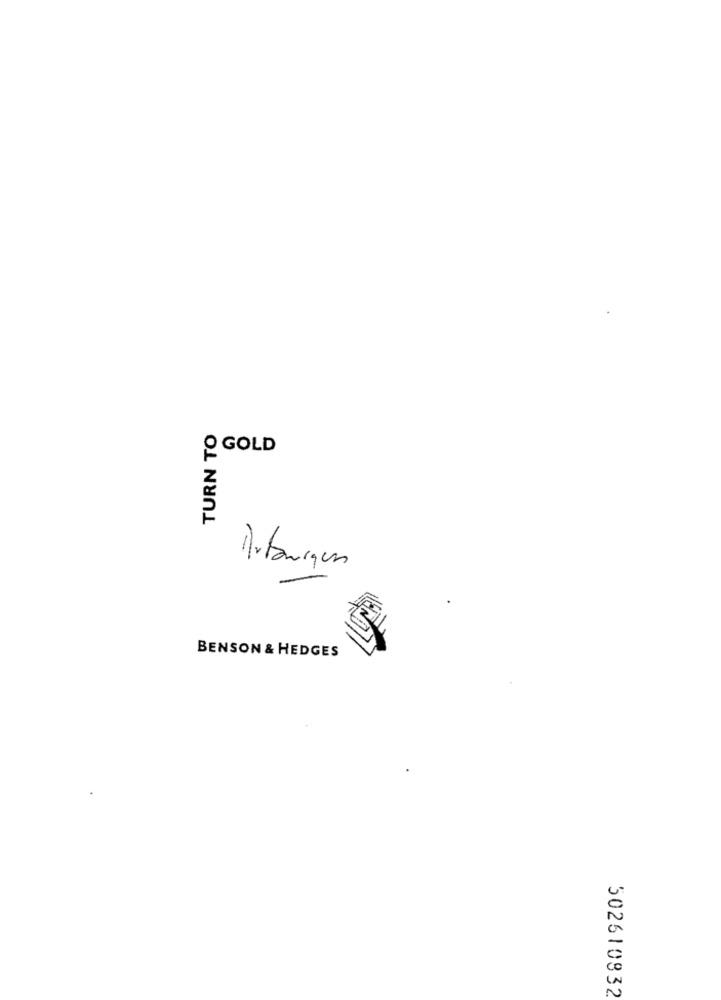
TURN TO
GOLD
Artonigun
BENSON & HEDGES
502610832